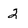
Character: 2